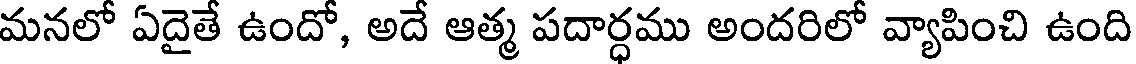
మనలో ఏదైతే ఉందో, అదే ఆత్మ పదార్ధము అందరిలో వ్యాపించి ఉంది